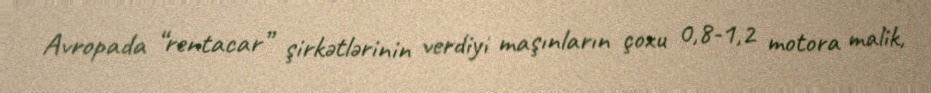
Avropada “rentacar” şirkətlərinin verdiyi maşınların çoxu 0,8-1,2 motora malik,